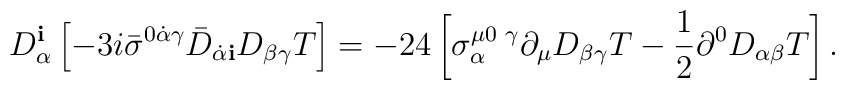
D^{\mathbf i}_\alpha \left[ - 3 i{\bar\sigma}^{0\dot\alpha\gamma}  {\bar  D}_{\dot\alpha {\mathbf i}} D_{\beta\gamma} T \right] =  -24\left[ \sigma^{\mu 0\,\,\gamma}_\alpha \partial_\mu  D_{\beta\gamma} T - \frac{1}{2}\partial^0 D_{\alpha\beta} T\right].